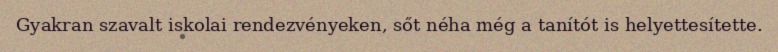
Gyakran szavalt iskolai rendezvényeken, sőt néha még a tanítót is helyettesítette.